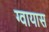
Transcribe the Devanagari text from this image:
ग्वायास